Civil Veterinary Department Bihar reports 1936-40 - 1936-1940
Year: 1936
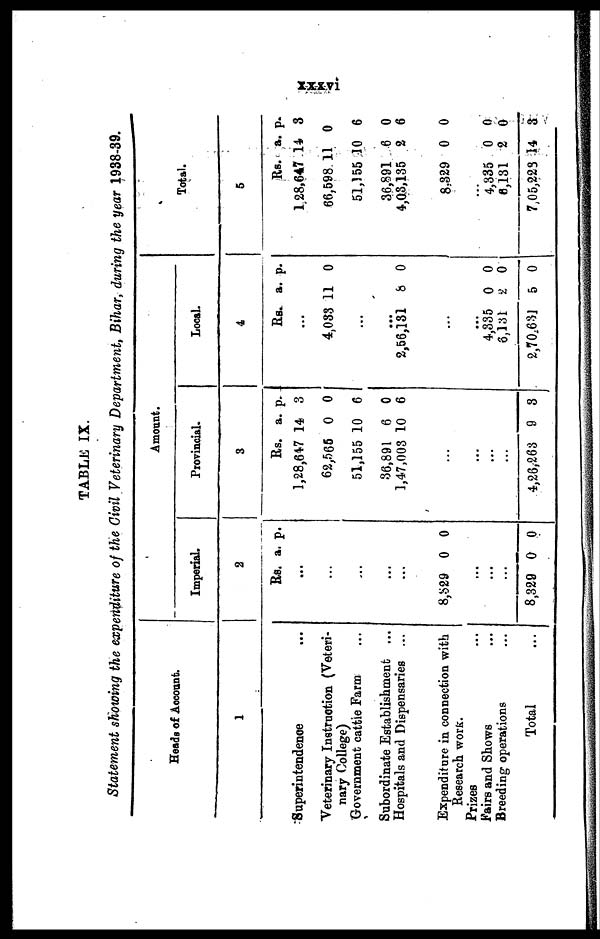
XXXxvi
TABLE IX.
Statement showing the expenditure of the Civil Veterinary Department, Bihar, during the year 1938-39.
Heads of Account.
1
Superintendence ...
Veterinary Instrnetion (Veteri-
nary College)
Government cattle Farm ...
Subordinate Establishment ...
Hospitals and Dispensaries ...
Expenditure in connection with
Research work.
Prizes ...
Fairs and Shows ...
Breeding operations ...
Total ...
Amount.
Imperial.
2
Rs. a. p.
...
...
...
...
...
8,329 0 0
...
...
...
8,329 0 0
Provincial.
3
Rs. a. p.
1,28,647 14 3
62,565 0 0
51,155 10 6
36,891 6 0
1,47,003 10 6
...
...
...
4,26,263 9 8
Local.
4
Rs. a. p.
...
4,083 11 0
...
...
2,56,131 8 0
...
...
4,335 0 0
6,131 2 0
2,70,631 5 0
Total.
5
Rs. a. p.
1.28,647 14 3
66,598 11 0
51,155 10 6
36,891 6 0
4,03,135 2 6
8,329 0 0
...
4,335 0 0
6,131 2 0
7,05,223 14 3